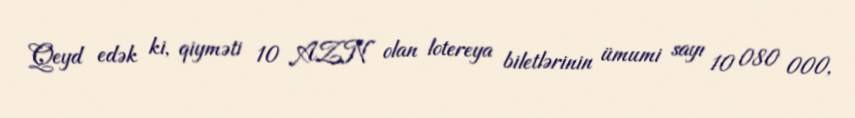
Qeyd edək ki, qiyməti 10 AZN olan lotereya biletlərinin ümumi sayı 10 080 000,